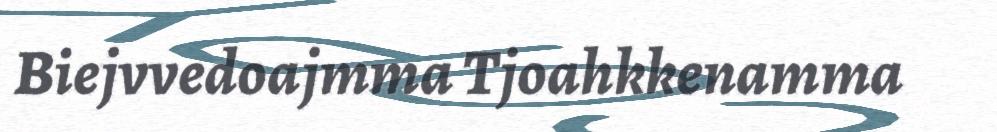
Biejvvedoajmma Tjoahkkenamma